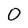
Character: 0